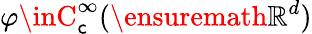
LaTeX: \varphi\inC_{\mathsf{c}}^{\infty}(\ensuremath{{\mathbb{{R}}}}^{d})